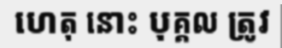
ហេតុ នោះ បុគ្គល ត្រូវ